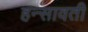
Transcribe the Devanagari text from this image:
हन्सावती